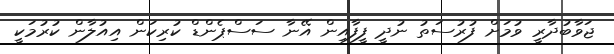
ޖަވާބުދާރީ ވުމަށް ފުރުސަތު ނުދީ ފީފާއިން އޭނާ ސަސްޕެންޑް ކުރިކަން އިއުލާން ކުރުމަކީ